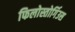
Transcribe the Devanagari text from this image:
फिलोस्तोर्गिउस